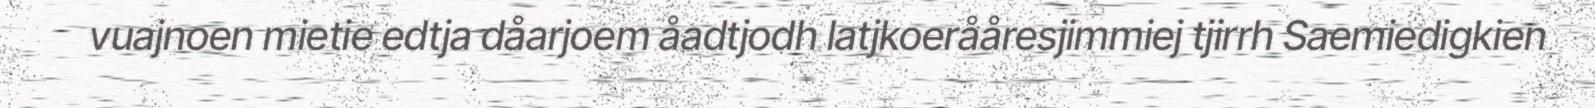
vuajnoen mietie edtja dåarjoem åadtjodh latjkoerååresjimmiej tjirrh Saemiedigkien